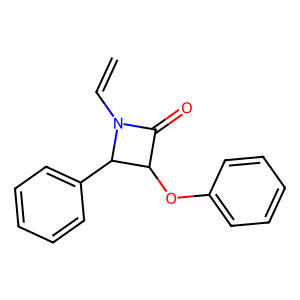
SMILES: C=CN1C(=O)C(Oc2ccccc2)C1c1ccccc1
Inhibits HIV replication: No